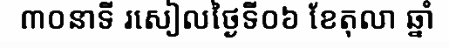
៣០នាទី រសៀលថ្ងៃទី០៦ ខែតុលា ឆ្នាំ